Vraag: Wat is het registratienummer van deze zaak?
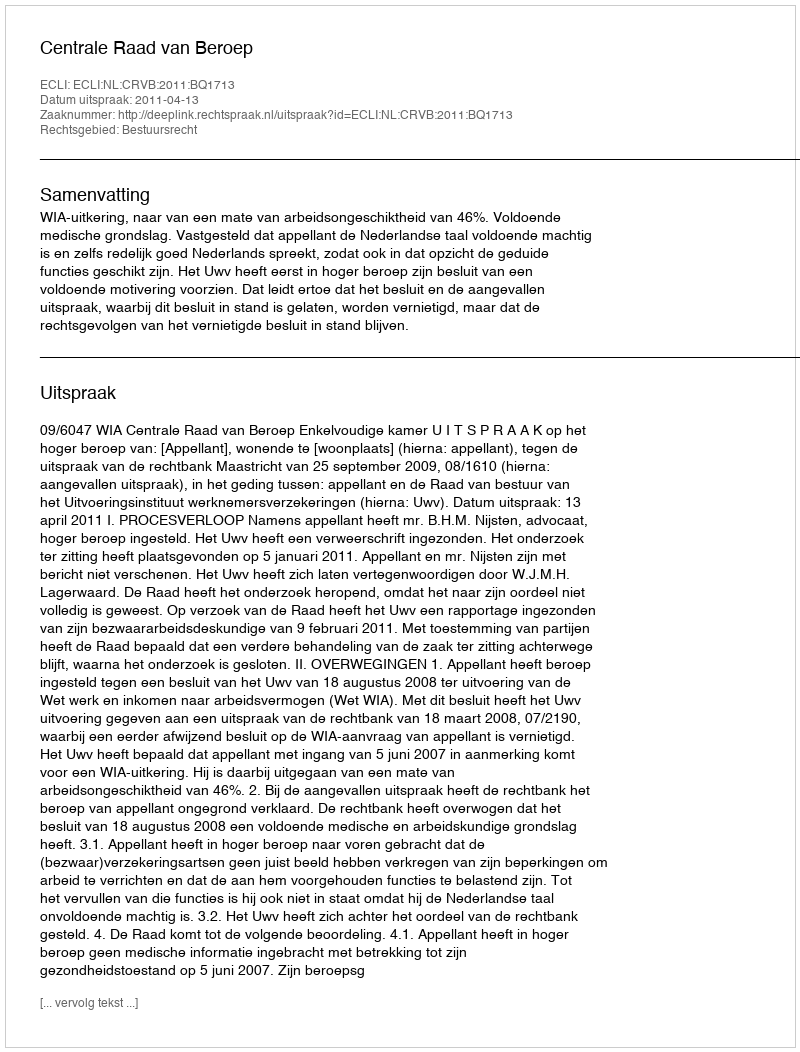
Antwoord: http://deeplink.rechtspraak.nl/uitspraak?id=ECLI:NL:CRVB:2011:BQ1713